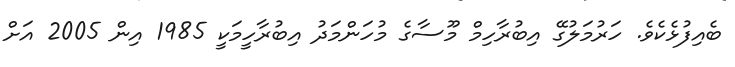
ބެއިފުޅެކެވެ. ހަރުމަލުގޭ އިބުރާހިމް މޫސާގެ މުހަންމަދު އިބުރާހީމަކީ 1985 އިން 2005 އަށް